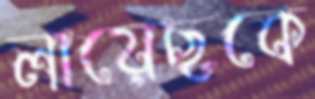
লায়েছকে